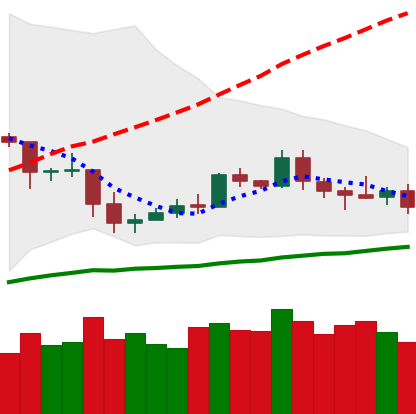
Ticker: ETC-USD
Chart end date: 2019-05-09
Forward return: 17.736%
Label: up_7plus